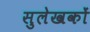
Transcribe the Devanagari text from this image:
सुलेखकों